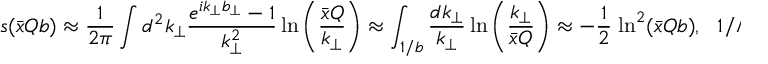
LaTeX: s ( \bar { x } Q b ) \approx \frac { 1 } { 2 \pi } \int d ^ { 2 } k _ { \perp } { \frac { e ^ { i k _ { \perp } b _ { \perp } } - 1 } { k _ { \perp } ^ { 2 } } } \, \mathrm { l n } \left( { \frac { \bar { x } Q } { k _ { \perp } } } \right) \approx \int _ { 1 / b } ^ { } { \frac { d k _ { \perp } } { k _ { \perp } } } \, \mathrm { l n } \left( { \frac { k _ { \perp } } { \bar { x } Q } } \right) \approx - \frac 1 { 2 } \; \mathrm { l n } ^ { 2 } ( \bar { x } Q b ) , \ \ \ 1 / \Lambda _ { Q C D } \gg b \gg 1 / Q .